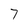
Character: 7